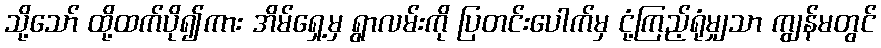
သို့သော် ထို့ထက်ပို၍ကား အိမ်ရှေ့မှ ရွာလမ်းကို ပြတင်းပေါက်မှ ငုံ့ကြည့်ရုံမျှသာ ကျွန်မတွင်